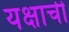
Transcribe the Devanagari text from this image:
यक्षाची